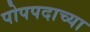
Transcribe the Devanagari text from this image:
पोपपदाच्या